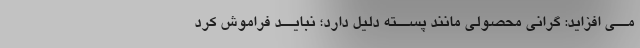
مــى افزاید: گرانى محصولى مانند پســته دلیل دارد؛ نبایــد فراموش کرد